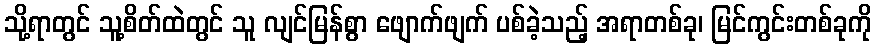
သို့ရာတွင် သူ့စိတ်ထဲတွင် သူ လျင်မြန်စွာ ဖျောက်ဖျက် ပစ်ခဲ့သည့် အရာတစ်ခု၊ မြင်ကွင်းတစ်ခုကို